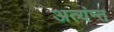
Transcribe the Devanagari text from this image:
अत्यंन्त